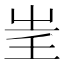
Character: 𡴍